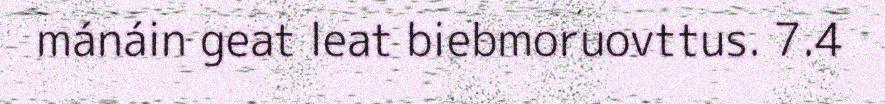
mánáin geat leat biebmoruovttus. 7.4